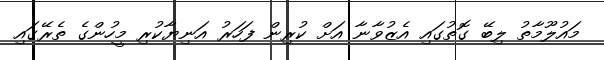
މައުލޫމާތު ލިބޭ ގޮތުގައި އެޒުވާނާ އަށް ކުރިން ފަހަރު އަނިޔާކުރި މީހުންގެ ތެރޭގައި